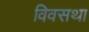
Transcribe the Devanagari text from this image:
विवसथा